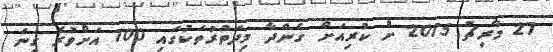
27 މާރިޗު 2015 ށް ކުރިއަށް ގެންދާ މިދަތުރުތަކުގައި 100 އަށްވުރެ ގިނަ